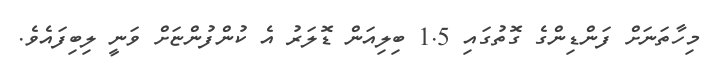
މިހާތަނަށް ފަންޑިންގެ ގޮތުގައި 1.5 ބިލިއަން ޑޮލަރު އެ ކުންފުންޏަށް ވަނީ ލިބިފައެވެ.